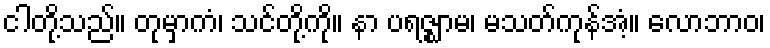
ငါတို့သည်။ တုမှာကံ၊ သင်တို့ကို။ နာ ပရဇ္ဈာမ၊ မသတ်ကုန်အံ့။ လောဘာဝ၊